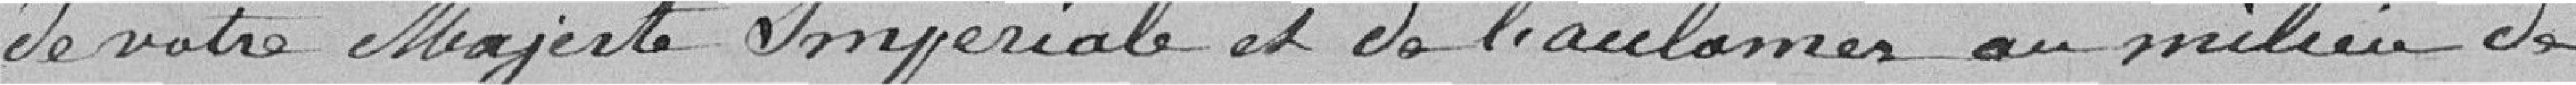
de votre Majesté Impériale et de l'acclamer au milieu